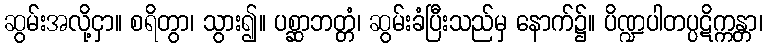
ဆွမ်းအလို့ငှာ။ စရိတွာ၊ သွား၍။ ပစ္ဆာဘတ္တံ၊ ဆွမ်းခံပြီးသည်မှ နောက်၌။ ပိဏ္ဍပါတပ္ပဋိက္ကန္တာ၊